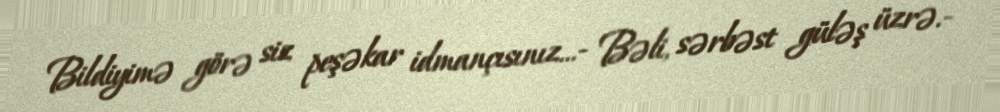
Bildiyimə görə siz peşəkar idmançısınız...- Bəli, sərbəst güləş üzrə.-